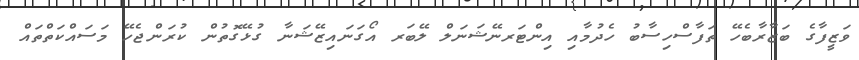
ވަޒީފާގެ ބަޒާރާބެހޭ ތަފާސްހިސާބު ހެދުމާއި އިންޓަރނޭޝަނަލް ލޭބަރ އޯގަނައިޒޭޝަނާ ގުޅޭގޮތުން ކުރަންޖެހޭ މަސައްކަތްތައް